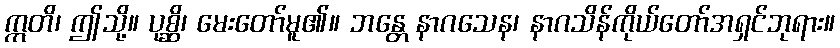
ဣတိ၊ ဤသို့။ ပုစ္ဆိ၊ မေးတော်မူ၏။ ဘန္တေ နာဂသေန၊ နာဂသိန်ကိုယ်တော်အရှင်ဘုရား။